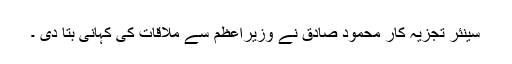
سینئر تجزیہ کار محمود صادق نے وزیراعظم سے ملاقات کی کہانی بتا دی ۔